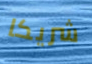
شريكا